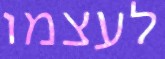
לעצמו